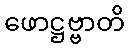
ဖောဋ္ဌဗ္ဗာတိ